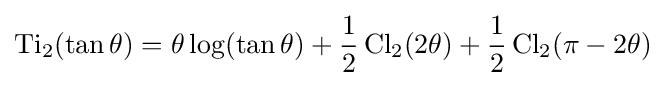
\operatorname {Ti} _{2}(\tan \theta )=\theta \log(\tan \theta )+{\frac {1}{2}}\operatorname {Cl} _{2}(2\theta )+{\frac {1}{2}}\operatorname {Cl} _{2}(\pi -2\theta )